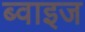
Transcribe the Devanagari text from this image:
ब्वाइज